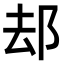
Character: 𨚫